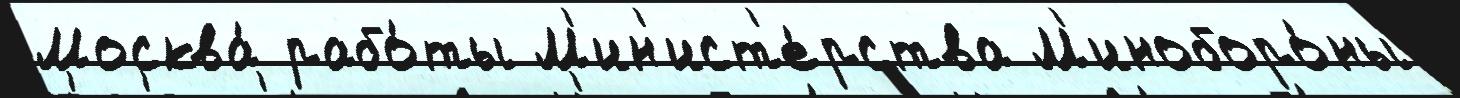
Москва́ рабо́ты М'ин'ист'е́рства М'иноборо́ны